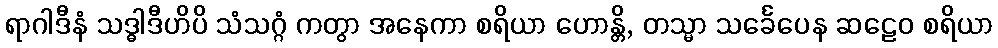
ရာဂါဒီနံ သဒ္ဓါဒီဟိပိ သံသဂ္ဂံ ကတွာ အနေကာ စရိယာ ဟောန္တိ, တသ္မာ သင်္ခေပေန ဆဠေဝ စရိယာ